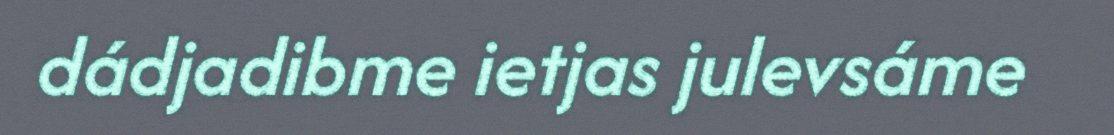
dádjadibme ietjas julevsáme